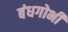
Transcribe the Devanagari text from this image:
बंधगोभी